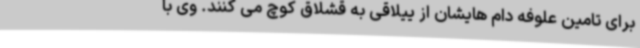
برای تامین علوفه دام هایشان از ییلاقی به قشلاق کوچ می کنند. وی با